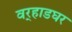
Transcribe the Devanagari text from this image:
वर्‍हाडघर